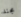
مجند